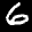
Label: 6